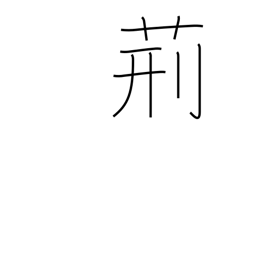
Meaning: whip